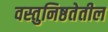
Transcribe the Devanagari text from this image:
वस्तुनिष्ठतेतील